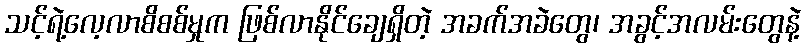
သင့်ရဲ့လေ့လာစိစစ်မှုက ဖြစ်လာနိုင်ချေရှိတဲ့ အခက်အခဲတွေ၊ အခွင့်အလမ်းတွေနဲ့